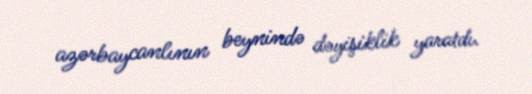
azərbaycanlının beynində dəyişiklik yaratdı.